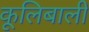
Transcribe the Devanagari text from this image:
कूलिबाली